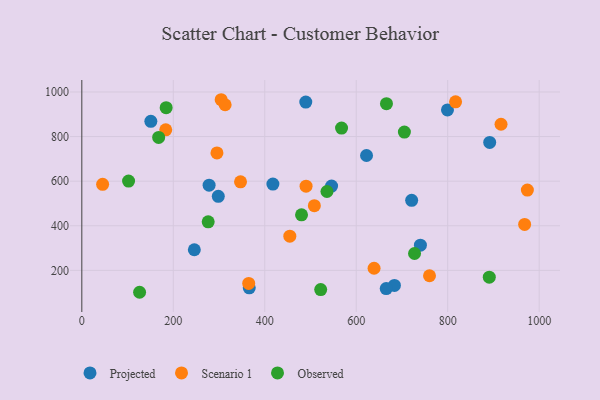
{"axis": {"x": "Speed", "y": "Fuel Efficiency"}, "legend": ["Observed", "Projected", "Scenario 1"], "data": [{"x": "721.2", "y": 514.1, "type": "Projected"}, {"x": "489.7", "y": 954.6, "type": "Projected"}, {"x": "278.3", "y": 582.1, "type": "Projected"}, {"x": "740.3", "y": 312.7, "type": "Projected"}, {"x": "546.1", "y": 578.0, "type": "Projected"}, {"x": "298.4", "y": 532.2, "type": "Projected"}, {"x": "622.5", "y": 715.1, "type": "Projected"}, {"x": "417.8", "y": 587.1, "type": "Projected"}, {"x": "799.5", "y": 919.6, "type": "Projected"}, {"x": "683.5", "y": 132.2, "type": "Projected"}, {"x": "665.6", "y": 118.5, "type": "Projected"}, {"x": "246.0", "y": 292.4, "type": "Projected"}, {"x": "366.1", "y": 121.8, "type": "Projected"}, {"x": "891.8", "y": 773.6, "type": "Projected"}, {"x": "150.9", "y": 868.2, "type": "Projected"}, {"x": "347.0", "y": 596.8, "type": "Scenario 1"}, {"x": "454.8", "y": 353.2, "type": "Scenario 1"}, {"x": "364.9", "y": 141.3, "type": "Scenario 1"}, {"x": "760.2", "y": 175.9, "type": "Scenario 1"}, {"x": "974.2", "y": 559.9, "type": "Scenario 1"}, {"x": "183.5", "y": 830.4, "type": "Scenario 1"}, {"x": "817.2", "y": 955.9, "type": "Scenario 1"}, {"x": "490.3", "y": 577.6, "type": "Scenario 1"}, {"x": "916.6", "y": 855.2, "type": "Scenario 1"}, {"x": "304.7", "y": 965.2, "type": "Scenario 1"}, {"x": "313.4", "y": 942.7, "type": "Scenario 1"}, {"x": "508.4", "y": 490.1, "type": "Scenario 1"}, {"x": "45.5", "y": 586.0, "type": "Scenario 1"}, {"x": "295.5", "y": 726.5, "type": "Scenario 1"}, {"x": "639.0", "y": 209.4, "type": "Scenario 1"}, {"x": "968.2", "y": 405.8, "type": "Scenario 1"}, {"x": "126.3", "y": 101.7, "type": "Observed"}, {"x": "480.4", "y": 449.0, "type": "Observed"}, {"x": "276.3", "y": 417.8, "type": "Observed"}, {"x": "727.5", "y": 275.6, "type": "Observed"}, {"x": "184.4", "y": 929.6, "type": "Observed"}, {"x": "168.0", "y": 796.1, "type": "Observed"}, {"x": "890.9", "y": 169.5, "type": "Observed"}, {"x": "567.9", "y": 837.9, "type": "Observed"}, {"x": "705.3", "y": 820.2, "type": "Observed"}, {"x": "522.3", "y": 113.6, "type": "Observed"}, {"x": "536.0", "y": 553.6, "type": "Observed"}, {"x": "102.2", "y": 600.3, "type": "Observed"}, {"x": "666.1", "y": 947.6, "type": "Observed"}]}